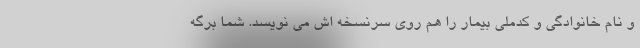
و نام خانوادگی و کدملی بیمار را هم روی سرنسخه اش می نویسد. شما برگه